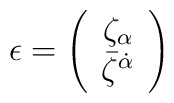
\epsilon=\left(\begin{array}{c} {\zeta}_{\alpha}\\{\bar\zeta}^{\dot\alpha}\end{array} \right)